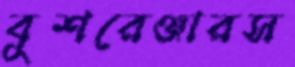
বুশরেঞ্জারস